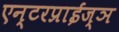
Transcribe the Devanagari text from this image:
एन्टरप्राईज्ञ